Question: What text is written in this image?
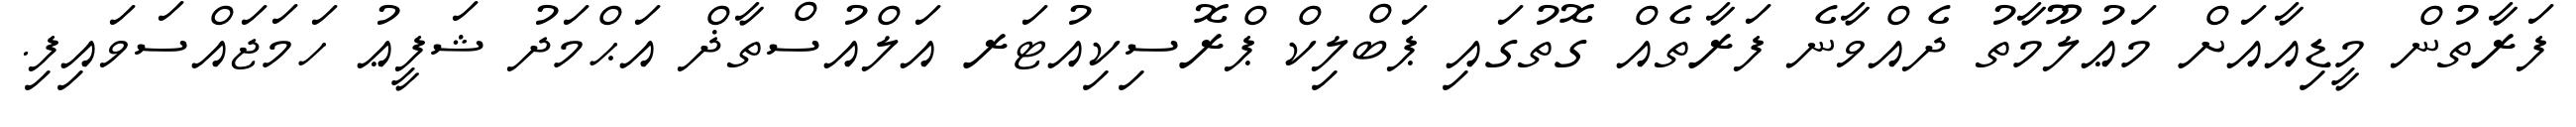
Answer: ފަރާތުން މީޑިއާއަށް މަޢުލޫމާތު ދެއްވާނެ ފަރާތެއް ގޮތުގައި ޕަބްލިކް ޕްރޮސިކިއުޓަރ އަލްއުސްތާޛް އަޙްމަދު ޝަފީޢު ހަމަޖައްސަވައިފި.